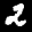
Label: 2